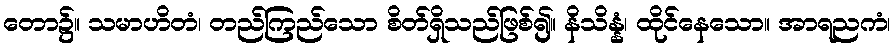
တော၌။ သမာဟိတံ၊ တည်ကြည်သော စိတ်ရှိသည်ဖြစ်၍။ နိသိန္နံ၊ ထိုင်နေသော။ အာရညကံ၊